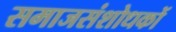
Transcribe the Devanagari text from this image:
समाजसंशोधकों